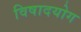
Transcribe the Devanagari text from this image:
विषादयोग